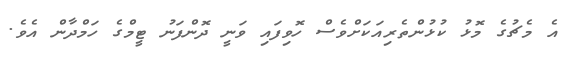
އެ މެޗުގެ މޮޅު ކުޅުންތެރިއަކަށްވެސް ހޮވިފައި ވަނީ ދޮންފަނު ޓީމްގެ ހަމްދާން އެވެ.